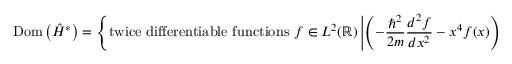
\operatorname { D o m } \left( { \hat { H } } ^ { * } \right) = \left\{ { \mathrm { t w i c e ~ d i f f e r e n t i a b l e ~ f u n c t i o n s ~ } } f \in L ^ { 2 } ( \mathbb { R } ) \left| \left( - { \frac { \hbar ^ { 2 } } { 2 m } } { \frac { d ^ { 2 } f } { d x ^ { 2 } } } - x ^ { 4 } f ( x ) \right) \in L ^ { 2 } ( \mathbb { R } ) \right. \right\} .